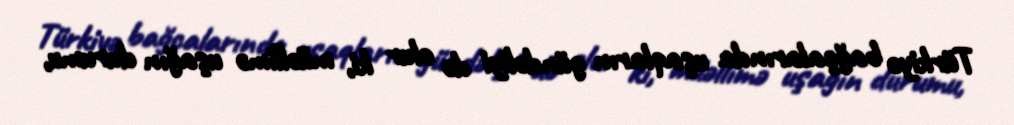
Türkiyə bağçalarında uşaqların gündəliyi də olur ki, müəllimə uşağın durumu,